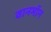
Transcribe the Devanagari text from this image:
वानमॉन